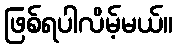
ဖြစ်ရပါလိမ့်မယ်။